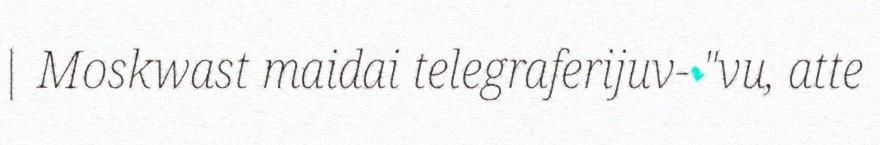
| Moskwast maidai telegraferijuv- "vu, atte